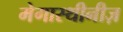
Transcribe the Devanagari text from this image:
मेगास्थीनीज़